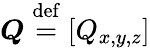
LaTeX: \boldsymbol{Q}\stackrel{\mathrm{def}}{=}[Q_{x,y,z}]